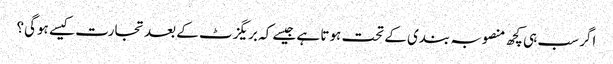
اگر سب ہی کچھ منصوبہ بندی کے تحت ہوتا ہے جیسے کہ بریگزٹ کے بعد تجارت کیسے ہوگی؟